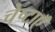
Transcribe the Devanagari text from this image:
चेष्टाएॅं